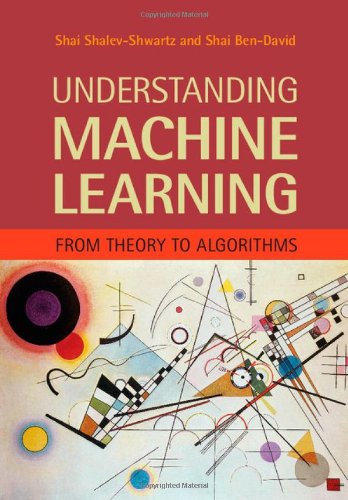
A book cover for Understanding Machine Learning: From Theory to Algorithms; Shai Shalev-Shwartz; Computers & Technology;